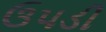
ઉપડી